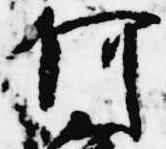
何